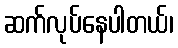
ဆက်လုပ်နေပါတယ်၊